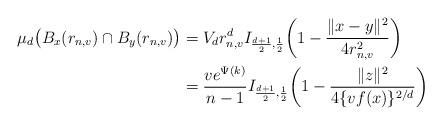
LaTeX: \begin{align*}\mu_d\bigl(B_x(r_{n,v}) \cap B_y(r_{n,v})\bigr) &= V_d r_{n,v}^d I_{\frac{d+1}{2},\frac{1}{2}} \biggl( 1- \frac{\|x-y\|^2}{4r_{n,v}^2} \biggr) \\&= \frac{ve^{\Psi(k)}}{n-1} I_{\frac{d+1}{2},\frac{1}{2}} \biggl(1- \frac{\|z\|^2}{4\{vf(x)\}^{2/d} }\biggr)\end{align*}